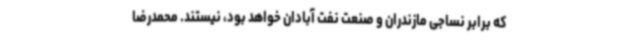
که برابر نساجی مازندران و صنعت نفت آبادان خواهد بود، نیستند. محمدرضا